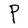
Character: P